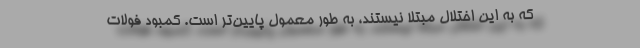
که به این اختلال مبتلا نیستند، به طور معمول پایین‌تر است. کمبود فولات